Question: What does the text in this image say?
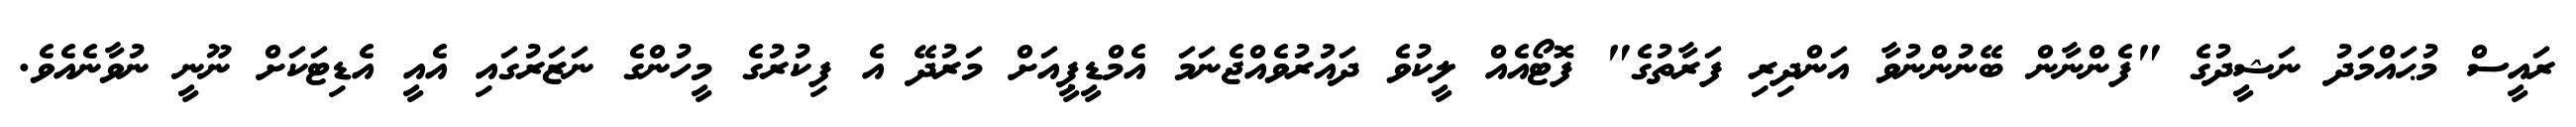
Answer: ރައީސް މުޙައްމަދު ނަޝީދުގެ "ފެންނާން ބޭނުންނުވާ އަންދިރި ފަރާތުގެ" ފޮޓޯއެއް ލީކުވެ ދައުރުވެއްޖެނަމަ އެމްޑީޕީއަށް މަރުދޭ އެ ފިކުރުގެ މީހުންގެ ނަޒަރުގައި އެއީ އެޑިޓަކަށް ނޫނީ ނުވާނެއެވެ.